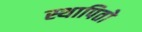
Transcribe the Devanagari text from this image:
स्थापितो